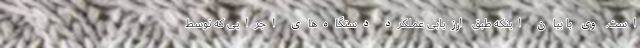
است. وی با بیان اینکه طبق ارزیابی عملکرد دستگاه‌های اجرایی که توسط